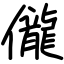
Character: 儱